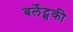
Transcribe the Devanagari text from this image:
बर्लेट्सकी